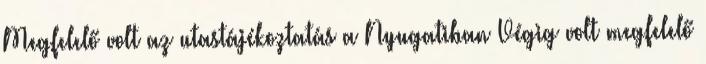
Megfelelő volt az utastájékoztatás a Nyugatiban Végig volt megfelelő